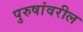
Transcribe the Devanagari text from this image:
पुरुषांवरील